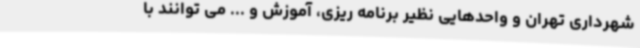
شهرداری تهران و واحدهایی نظیر برنامه ریزی، آموزش و ... می توانند با